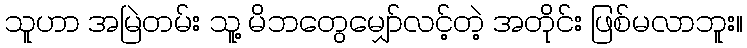
သူဟာ အမြဲတမ်း သူ့ မိဘတွေမျှော်လင့်တဲ့ အတိုင်း ဖြစ်မလာဘူး။